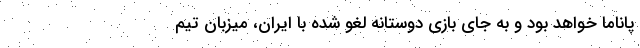
پاناما خواهد بود و به جای بازی دوستانه لغو شده با ایران، میزبان تیم